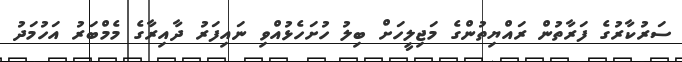
ސަރުކާރުގެ ފަރާތުން ރައްޔިތުންގެ މަޖިލީހަށް ބިލު ހުށަހެޅުއްވި ނައިފަރު ދާއިރާގެ މެމްބަރު އަހުމަދު